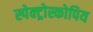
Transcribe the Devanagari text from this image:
स्पेक्ट्रोस्कोपिय